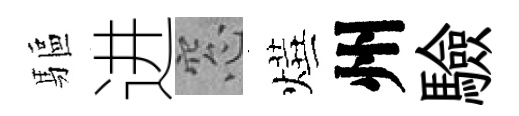
驅进窓燁州驗